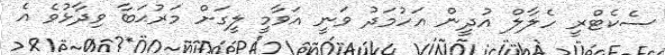
ސެކެޓްރީ ހެލާލް އުދީން އަހުމަދު ވަނީ އަވާމީ ލީގަށް މަރުޙަބާ ވިދާޅުވެ އެ